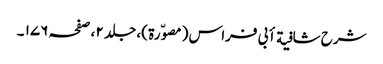
شرح شافیة أبی فراس ( مصوّرة )، جلد ٢ ، صفحہ ١٧٦ ۔